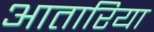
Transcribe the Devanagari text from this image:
आतारिया